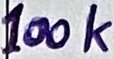
Text: 100k